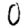
Digit: 0